Annual report of the Central Committee of the Association together with the report of the directors of the Pasteur Institute at Kasauli
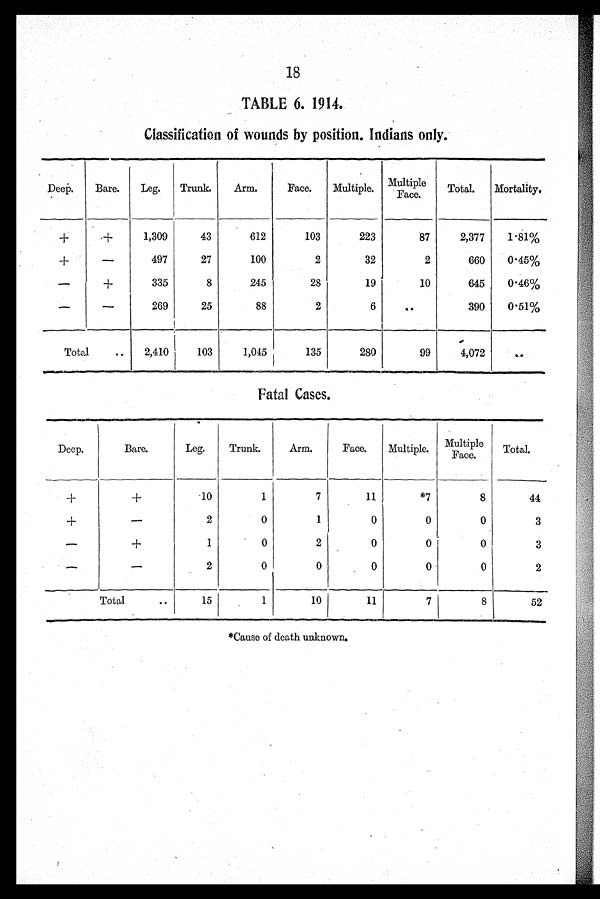
18
TABLE 6. 1914.
Classification of wounds by position. Indians only.
Deep.
Bare.
Leg.
Trunk.
Arm.
Face.
Multiple. Multipe Face
Total.
Mortality.
+
+
1,309
43
612
103
223
87
2,377
1.81%
+
–
497
27
100
2
32
2
660
0.45%
–
+
335
8
245
28
19
10
645
0.46%
–
–
269
25
88
2
6
..
390
0.51%
Total
..
2,410
103
1,045
135
280
99
4,072
. . .
Fatal Cases.
_
...._ ...
Deep.
Bare.
Leg.
Trunk.
Arm.
Face.
Multiple. Multiple Face.
Total.
+
+
10
1
7
11
*7
8
44
+
–
2
0
1
0
0
0
3
–
+
1
0
2
0
0
0
3
–
–
2
0
0
0
0
0
2
Total
..
15
1
10
11
7
8
52
*Cause of death unknown.